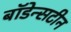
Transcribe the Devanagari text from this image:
बॉडेन्सटीन